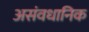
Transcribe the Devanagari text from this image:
असंवधानिक